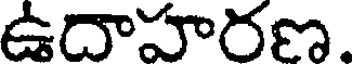
ఉదాహరణ.